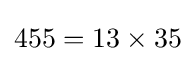
455=13\times 35